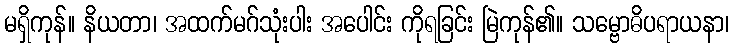
မရှိကုန်။ နိယတာ၊ အထက်မဂ်သုံးပါး အပေါင်း ကိုရခြင်း မြဲကုန်၏။ သမ္ဗောဓိပရာယနာ၊